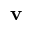
{ \bf v }